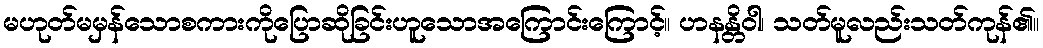
မဟုတ်မမှန်သောစကားကိုပြောဆိုခြင်းဟူသောအကြောင်းကြောင့်။ ဟနန္တိဝါ၊ သတ်မူလည်းသတ်ကုန်၏။